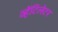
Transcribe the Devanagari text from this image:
व्हेंटिलेटर